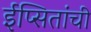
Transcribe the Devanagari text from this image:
ईप्सितांची